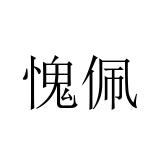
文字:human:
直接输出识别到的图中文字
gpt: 愧佩